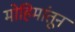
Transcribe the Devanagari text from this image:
मोहिमांतून